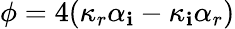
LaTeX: \phi=4(\kappa_{r}\alpha_{\mathbf{i}}-\kappa_{\mathbf{i}}\alpha_{r})